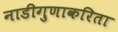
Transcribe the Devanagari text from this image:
नाडीगुणाकरिता